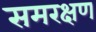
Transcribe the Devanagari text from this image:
समरक्षण